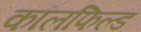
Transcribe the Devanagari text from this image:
कॉलफिल्ड